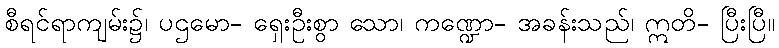
စီရင်ရာကျမ်း၌၊ ပဌမော- ရှေးဦးစွာ သော၊ ကဏ္ဍော- အခန်းသည်၊ ဣတိ- ပြီးပြီ။